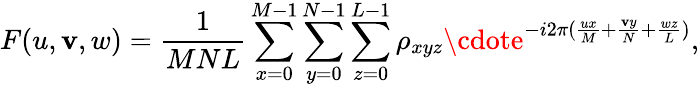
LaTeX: F(u,\mathbf{v},w)=\frac{{1}}{{MNL}}\sum_{x=0}^{M-1}\sum_{y=0}^{N-1}\sum_{z=0}^{L-1}\rho_{xyz}\cdote^{-i2\pi(\frac{{ux}}{{M}}+\frac{{\mathbf{v}y}}{{N}}+\frac{{wz}}{{L}})},